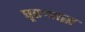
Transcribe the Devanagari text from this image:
घृतश्राद्ध